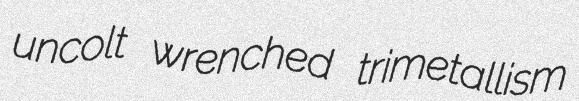
uncolt wrenched trimetallism